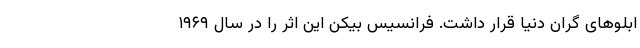
ابلو‌های گران دنیا قرار داشت. فرانسیس بیکن این اثر را در سال ۱۹۶۹